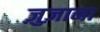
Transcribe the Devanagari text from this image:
ज़ुज़ाना